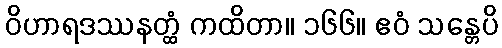
ဝိဟာရဒဿနတ္ထံ ကထိတာ။ ၁၆၆။ ဧဝံ သန္တေပိ